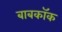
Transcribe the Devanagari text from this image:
बाबकॉक